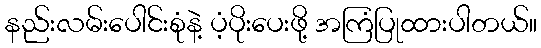
နည်းလမ်းပေါင်းစုံနဲ့ ပံ့ပိုးပေးဖို့ အကြံပြုထားပါတယ်။